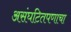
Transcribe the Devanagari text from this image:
असंघटितपणाचा